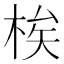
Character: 𬂼